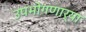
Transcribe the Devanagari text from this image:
उपभोगणार्‍या